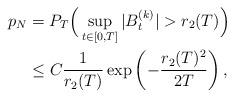
LaTeX: \begin{align*} p_N&= P_T\Big( \sup_{t\in[0,T]}|B^{(k)}_t|>r_2(T)\Big) \\&\leq C\frac{1}{r_2(T)}\exp\left(-\frac{r_2(T)^2}{2T}\right), \end{align*}